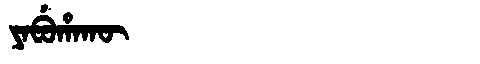
Manchu: ᠶᠠᠪᡠᡥᠠᡴᡡ
Romanization: YABUHAKŪ